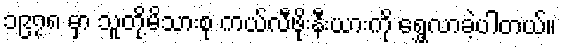
၁၉၇၈ မှာ သူတို့မိသားစု ကယ်လီဖိုးနီးယားကို ရွှေ့လာခဲ့ပါတယ်။